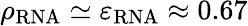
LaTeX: \rho_{\mathrm{RNA}}\simeq\varepsilon_{\mathrm{RNA}}\approx 0.67